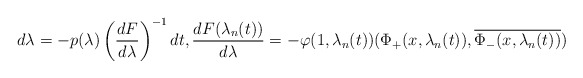
\begin{align*}d\lambda=-p(\lambda)\left( \frac{dF}{d\lambda}\right) ^{-1}dt,\frac{dF(\lambda_{n}(t))}{d\lambda}=-\varphi(1,\lambda_{n}(t))(\Phi_{+}(x,\lambda_{n}(t)),\overline{\Phi_{-}(x,\lambda_{n}(t))})\end{align*}